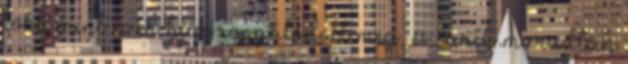
több mint ezer ház rongálódott meg, és ezrek maradtak